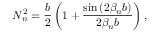
N _ { n } ^ { 2 } = \frac { b } { 2 } \left( 1 + \frac { \sin { ( 2 \beta _ { n } b ) } } { 2 \beta _ { n } b } \right) ,